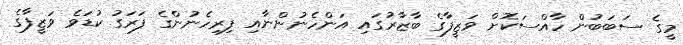
މީގެ ސަބަބުން ހާއްސަކޮށް ވަޒީފާގެ ބާޒާރުގައި އަންހެނުންނާއި ފިރިހެނުންގެ ފަރަގު ކުޑަވެ ވަޒީފާގެ